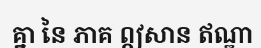
គ្នា នៃ ភាគ ឦសាន ឥណ្ឌា